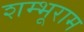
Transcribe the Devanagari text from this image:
शम्भूराम